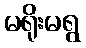
မရိုးမရွ